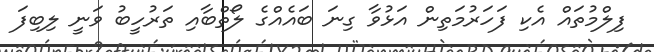
ފިލްމުތައް އެކި ފަހަރުމަތިން އަޅުވާ ގިނަ ބައެއްގެ ލޯތްބާއި ތަރުުހީބު ވަނީ ލިބިފަ